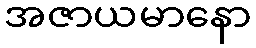
အဇာယမာနော